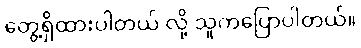
တွေ့ရှိထားပါတယ် လို့ သူကပြောပါတယ်။